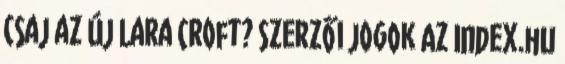
csaj az új Lara Croft? Szerzői jogok Az Index.hu